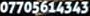
07705614343